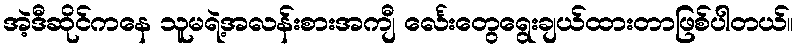
အဲ့ဒီဆိုင်ကနေ သူမရဲ့အလန်းစားအကျီ င်္လေးတွေရွေးချယ်ထားတာဖြစ်ပါတယ်။